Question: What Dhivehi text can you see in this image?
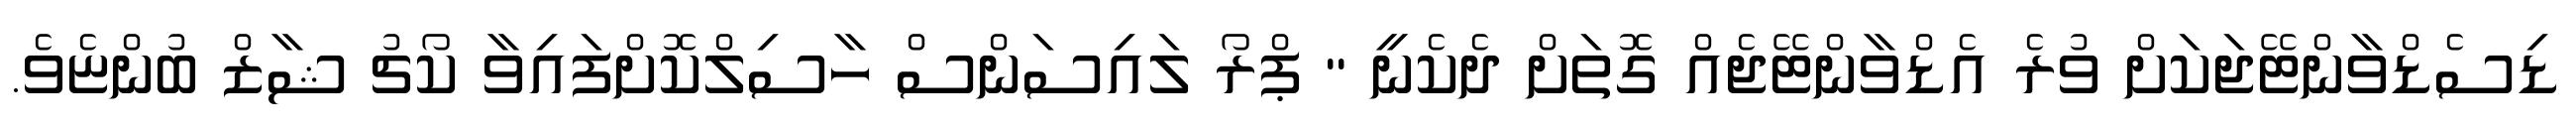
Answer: ޑިސެޑްވާންޓޭޖަކަށް ވުރެ އެޑްވާންޓޭޖެއް ގޮތަށް ދެކެނީ " ޕްރޯ ލައިސަންސް ހާސިލްކޮށްފައިވާ ކޯޗު ޝާޒް ބުންޏެވެ.